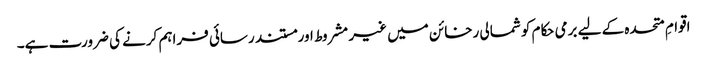
اقوامِ متحدہ کے لیے برمی حکام کو شمالی رخائن میں غیر مشروط اور مستند رسائی فراہم کرنے کی ضرورت ہے۔